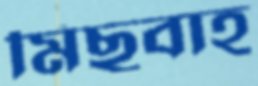
মিছবাহ